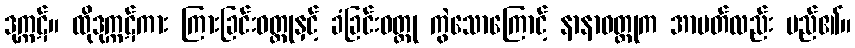
ဒုက္ကဋ်။ ထိုဒုက္ကဋ်ကား ကြားခြင်းဝတ္ထုနှင့် ခံခြင်းဝတ္ထု ကွဲသောကြောင့် နာနာဝတ္ထုက အာပတ်လည်း မည်၏။